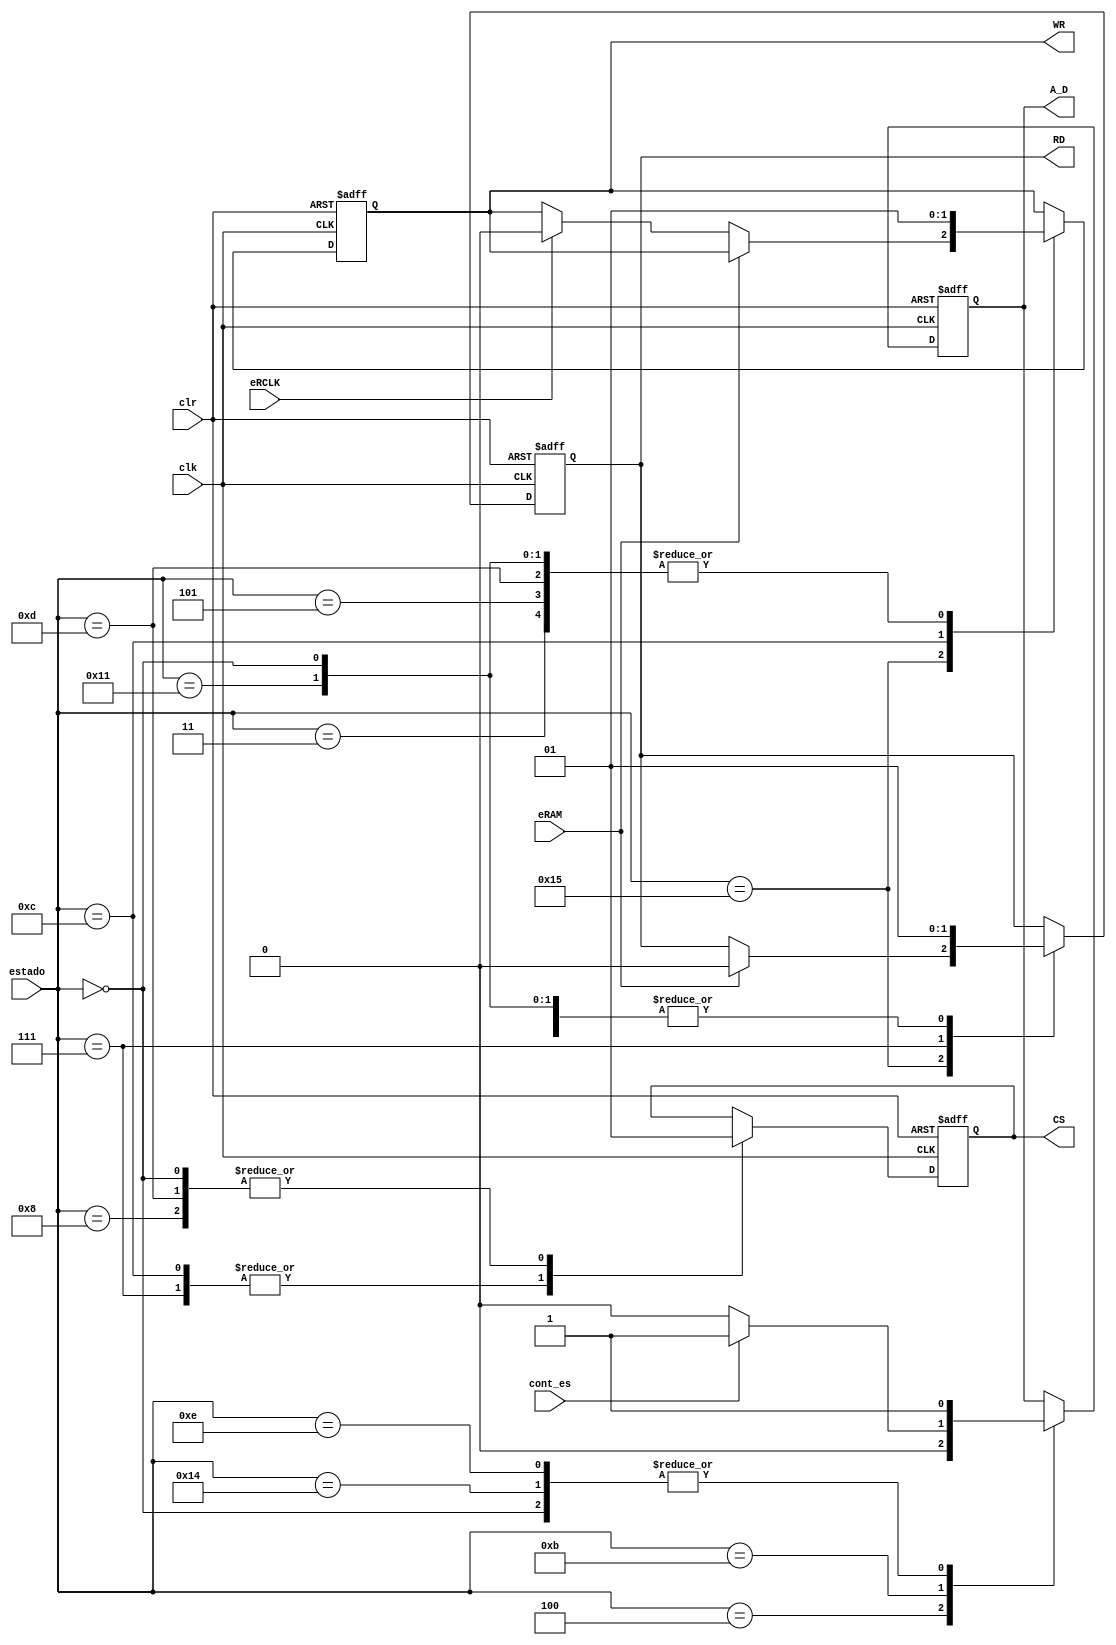
`timescale 1ns / 1ps
//////////////////////////////////////////////////////////////////////////////////
// Company: 
// Engineer: 
// 
// Design Name: 
// Module Name: control2
// Project Name: 
// Target Devices: 
// Tool Versions: 
// Description: 
// 
// Dependencies: 
// 
// Revision:
// Revision 0.01 - File Created
// Additional Comments:
// 
//////////////////////////////////////////////////////////////////////////////////


module control2(
    input clk,clr,
    input eRAM,
    input eRCLK,
    input [4:0] estado,
    input cont_es,
    output reg WR,
    output reg RD,
    output reg CS,
    output reg A_D
    );
    
reg sig_WR,sig_RD,sig_CS,sig_A_D;

always @(posedge clk,posedge clr)
begin
      if (clr)
      begin
        WR<=1;
        RD<=1;
        CS<=1;
        A_D<=1;
      end  
      else
      begin
        WR<=sig_WR;
        RD<=sig_RD;
        CS<=sig_CS;
        A_D<=sig_A_D;
      end
 end
       
        
always @*
begin
case (estado)
    5'b00000  : begin
        sig_CS<=1;
        sig_RD<=1;
        sig_WR<=1;
        sig_A_D<=1;
    end
    5'b00011  : begin
        sig_CS<=CS;
        sig_WR<=1;
        sig_RD<=1;
        sig_A_D<=A_D;
    end
    5'b00100 : begin
        sig_A_D<=0;
        sig_CS<=CS;
        sig_WR<=WR;
        sig_RD<=RD;
    end
    5'b10011:begin
        sig_A_D<=A_D;
        sig_CS<=CS;
        sig_WR<=WR;
        sig_RD<=RD;
    end
    5'b10100:begin
        sig_A_D<=1;
        sig_CS<=CS;
        sig_WR<=WR;
        sig_RD<=RD;
    end
    5'b10101:begin
    if (eRAM)
    begin
        sig_RD<=0;
        sig_CS<=CS;
        sig_WR<=WR;
        sig_A_D<=A_D;
    end
    else if (eRCLK)
    begin
        sig_WR<=0;
        sig_A_D<=A_D;
        sig_RD<=RD;
        sig_CS<=CS;
   end
   else
   begin
        sig_WR<=WR;
        sig_RD<=RD;
        sig_A_D<=A_D;
        sig_CS<=CS;
   end
   end
   5'b00101:begin
        sig_WR<=1;
        sig_RD<=1;
        sig_A_D<=A_D;
        sig_CS<=CS;
   end
   5'b00111 : begin
        sig_RD<=0;
        sig_CS<=0;
        sig_A_D<=A_D;
        sig_WR<=WR;
      end
      5'b01000 : begin
        sig_RD<=1;
        sig_CS<=1;
        sig_A_D<=A_D;
        sig_WR<=WR;
      end
      5'b01011 : begin
        if(cont_es)
        begin
            sig_A_D<=1;
            sig_CS<=CS;
            sig_WR<=WR;
            sig_RD<=RD;
        end
        else
        begin
            sig_A_D<=0;
            sig_CS<=CS;
            sig_WR<=WR;
            sig_RD<=RD;
      end      
      end
      5'b01100 : begin
        sig_CS<=0;
        sig_WR<=0;
        sig_A_D<=A_D;
        sig_RD<=RD;
      end
      5'b01101 : begin
        sig_CS<=1;
        sig_WR<=1;
        sig_RD<=RD;
        sig_A_D<=A_D;
      end
      5'b01110 : begin
        sig_A_D<=1;
        sig_CS<=CS;
        sig_WR<=WR;
        sig_RD<=RD;
      end
      5'b10001 : begin
        sig_WR<=1;
        sig_RD<=1;
        sig_CS<=CS;
        sig_A_D<=A_D;
      end
      default : begin
        sig_WR<=WR;
        sig_RD<=RD;
        sig_A_D<=A_D;
        sig_CS<=CS;
      end
      endcase
      end
        
  
 
endmodule